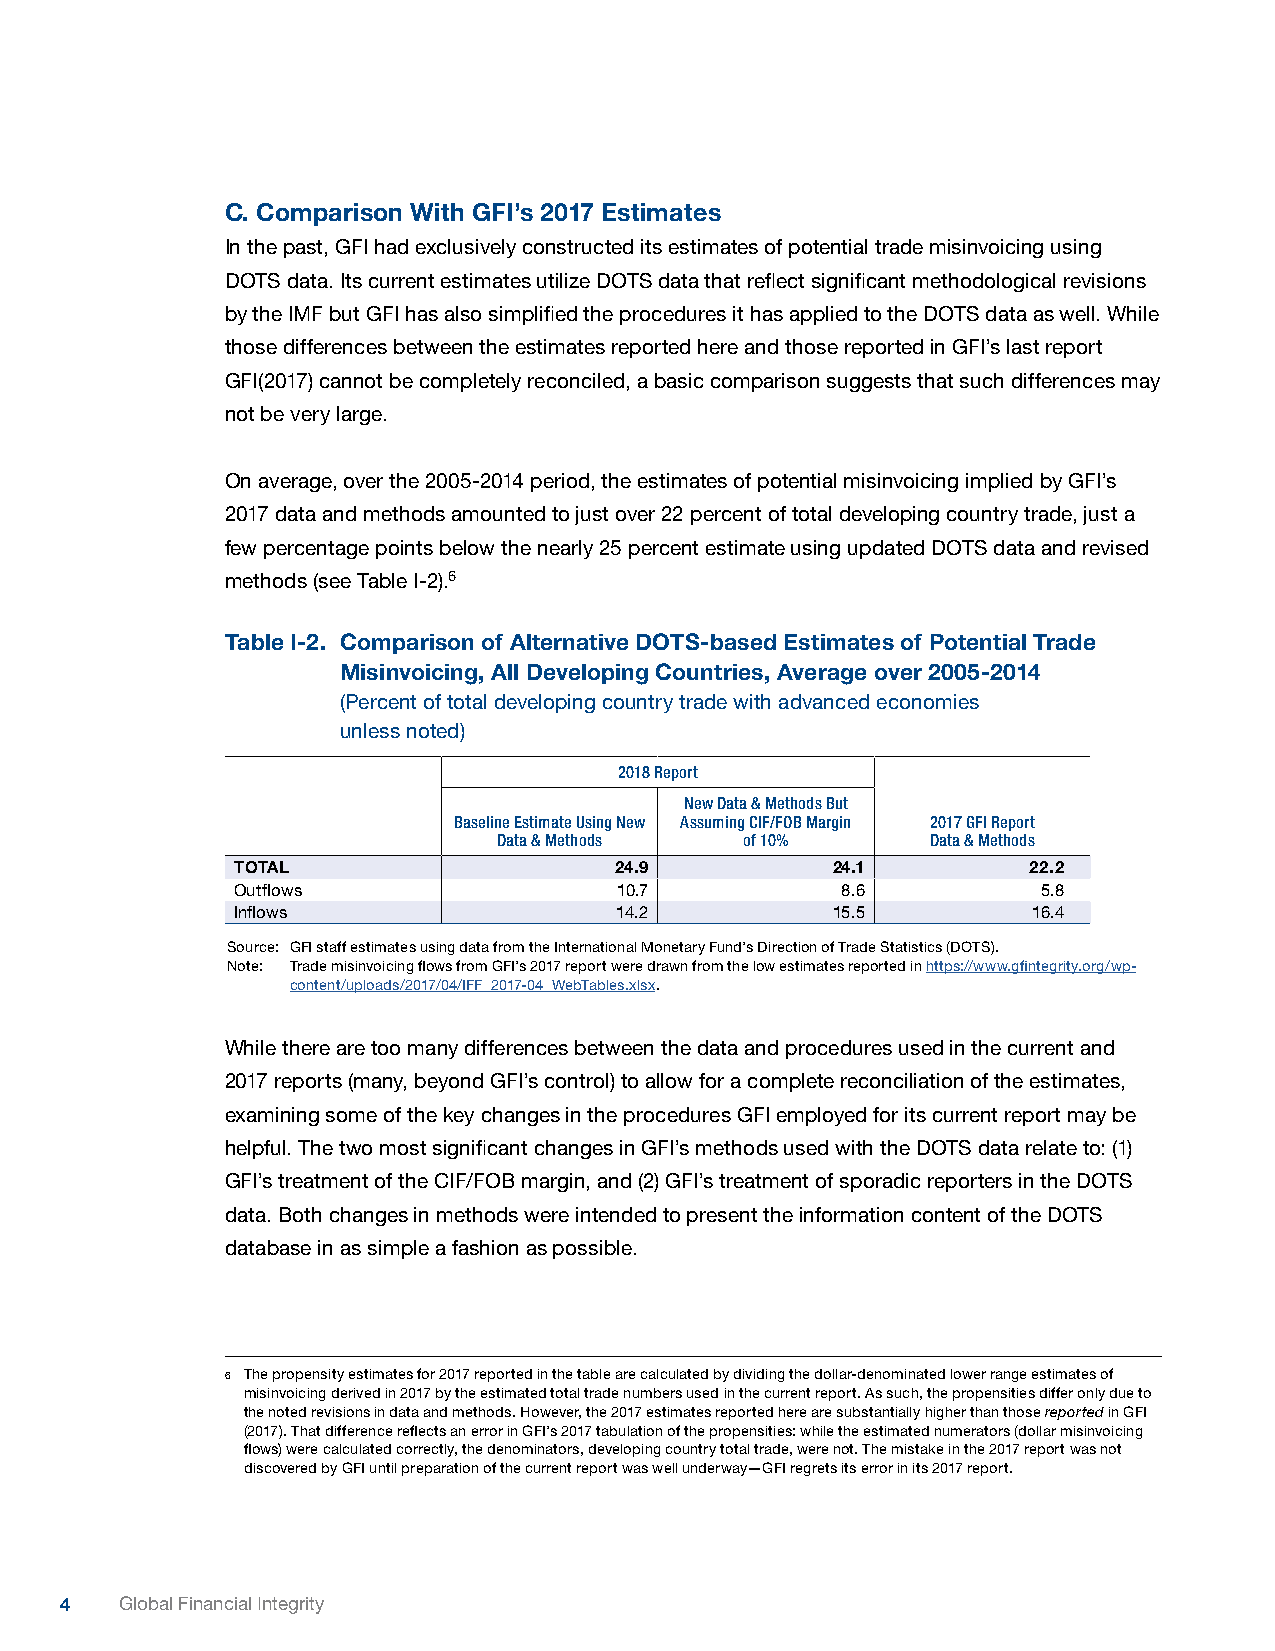
C. Comparison With GFI’s 2017 Estimates
 In the past, GFI had exclusively constructed its estimates of potential trade misinvoicing using
 DOTS data. Its current estimates utilize DOTS data that reflect significant methodological revisions
 by the IMF but GFI has also simplified the procedures it has applied to the DOTS data as well. While
 those differences between the estimates reported here and those reported in GFI’s last report
 GFI(2017) cannot be completely reconciled, a basic comparison suggests that such differences may
 not be very large.
 On average, over the 2005-2014 period, the estimates of potential misinvoicing implied by GFI’s
 2017 data and methods amounted to just over 22 percent of total developing country trade, just a
 few percentage points below the nearly 25 percent estimate using updated DOTS data and revised
 methods (see Table I-2).6
 Table I-2. Comparison of Alternative DOTS-based Estimates of Potential Trade
 Misinvoicing, All Developing Countries, Average over 2005-2014
 (Percent of total developing country trade with advanced economies
 unless noted)
 2018 Report
 New Data & Methods But
 Baseline Estimate Using New Assuming CIF/FOB Margin 2017 GFI Report
 Data & Methods  of 10%       Data & Methods
 TOTAL                    24.9          24.1         22.2
 Outflows                 10.7           8.6          5.8
 Inflows                  14.2          15.5         16.4
 Source: GFI staff estimates using data from the International Monetary Fund’s Direction of Trade Statistics (DOTS).
 Note: Trade misinvoicing flows from GFI’s 2017 report were drawn from the low estimates reported in https://www.gfintegrity.org/wp-
 content/uploads/2017/04/IFF_2017-04_WebTables.xlsx.
 While there are too many differences between the data and procedures used in the current and
 2017 reports (many, beyond GFI’s control) to allow for a complete reconciliation of the estimates,
 examining some of the key changes in the procedures GFI employed for its current report may be
 helpful. The two most significant changes in GFI’s methods used with the DOTS data relate to: (1)
 GFI’s treatment of the CIF/FOB margin, and (2) GFI’s treatment of sporadic reporters in the DOTS
 data. Both changes in methods were intended to present the information content of the DOTS
 database in as simple a fashion as possible.
 6 The propensity estimates for 2017 reported in the table are calculated by dividing the dollar-denominated lower range estimates of
 misinvoicing derived in 2017 by the estimated total trade numbers used in the current report. As such, the propensities differ only due to
 the noted revisions in data and methods. However, the 2017 estimates reported here are substantially higher than those reported in GFI
 (2017). That difference reflects an error in GFI’s 2017 tabulation of the propensities: while the estimated numerators (dollar misinvoicing
 flows) were calculated correctly, the denominators, developing country total trade, were not. The mistake in the 2017 report was not
 discovered by GFI until preparation of the current report was well underway—GFI regrets its error in its 2017 report.
 4   Global Financial Integrity